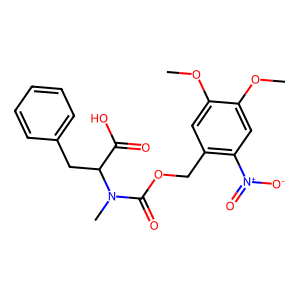
SMILES: COc1cc(COC(=O)N(C)C(Cc2ccccc2)C(=O)O)c([N+](=O)[O-])cc1OC
Inhibits HIV replication: No